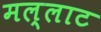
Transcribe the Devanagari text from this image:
मल्लाट